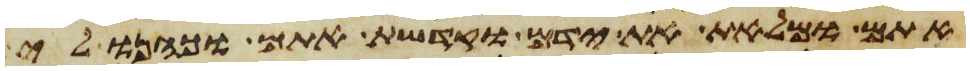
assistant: אתם ומלאת את ידם וקדשת אתם וכהנו לי